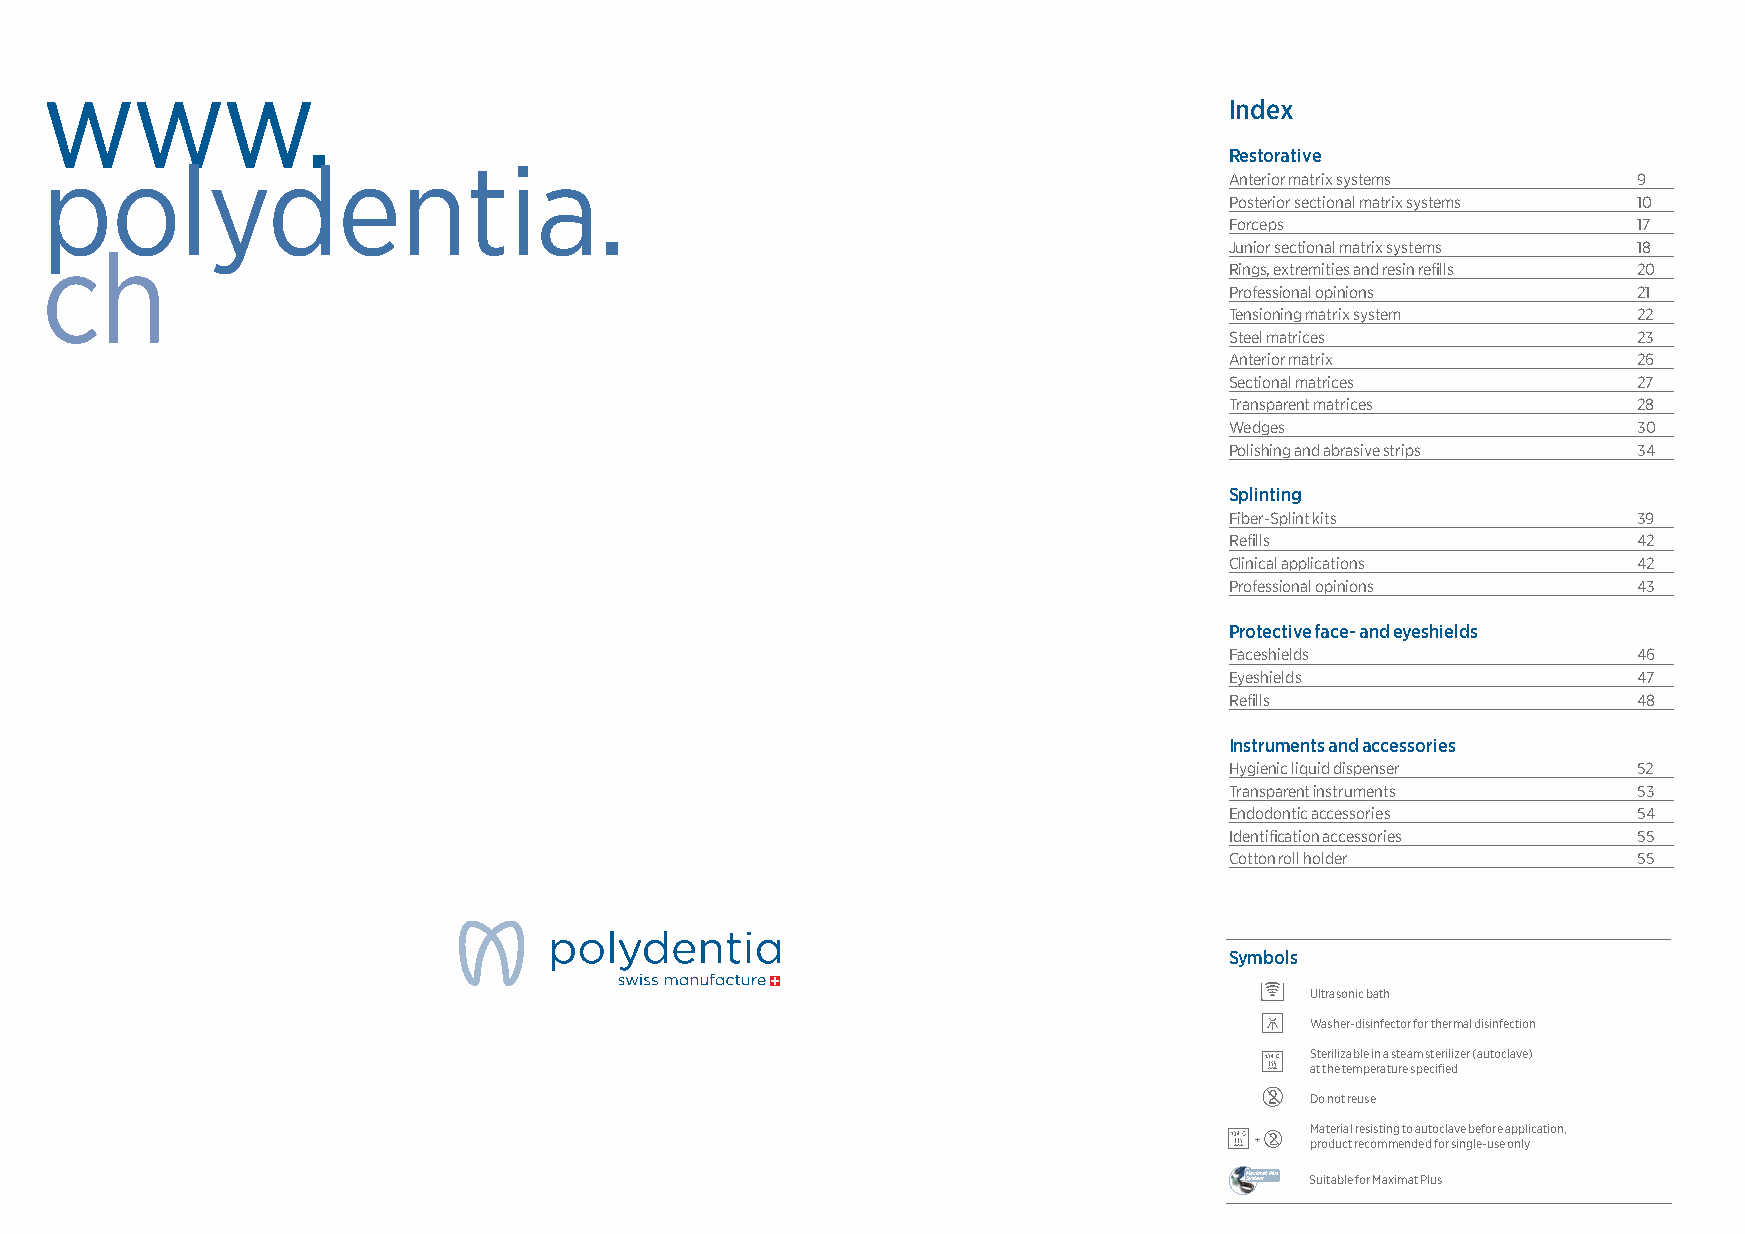
www.
 Index
 polydentia.                                                                   Restorative
 Anterior matrix systems    9
 Posterior sectional matrix systems 10
 Forceps                    17
 ch
 Junior sectional matrix systems 18
 Rings, extremities and resin refi lls 20
 Professional opinions      21
 Tensioning matrix system   22
 Steel matrices             23
 Anterior matrix            26
 Sectional matrices         27
 Transparent matrices       28
 Wedges                     30
 Polishing and abrasive strips 34
 Splinting
 Fiber-Splint kits          39
 Refi lls                   42
 Clinical applications      42
 Professional opinions      43
 Protective face- and eyeshields
 Faceshields                46
 Eyeshields                 47
 Refi lls                   48
 Instruments and accessories
 Hygienic liquid dispenser  52
 Transparent instruments    53
 Endodontic accessories     54
 Identifi cation accessories 55
 Cotton roll holder         55
 Symbols
 Ultrasonic bath
 Washer-disinfector for thermal disinfection
 Sterilizable in a steam sterilizer (autoclave)
 at the temperature specifi ed
 Do not reuse
 Material resisting to autoclave before application,
 +   product recommended for single-use only
 MSyasxtiemmat Plus Suitable for Maximat Plus